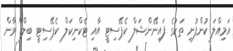
އަމިއްލަ ކުންފުނި ތަކުގެ ފައިނޭންޝަލް ކެޕޭސިޓީ އާއި ޓެކްނިކަލް ކެޕޭސިޓީ ބިލްޑް ވާން